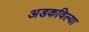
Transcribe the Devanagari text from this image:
अडकविल्या